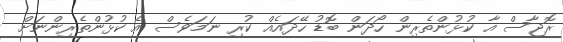
ރޮޖާސް އާ ކުޅުންތެރިން ހޯދަން ބޮޑު ހޭދައެއް ކުރި ނަމަވެސް އެ ކުޅުންތެރިންނަށް